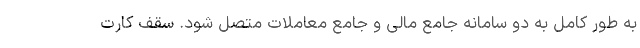
به طور کامل به دو سامانه جامع مالی و جامع معاملات متصل شود. سقف کارت